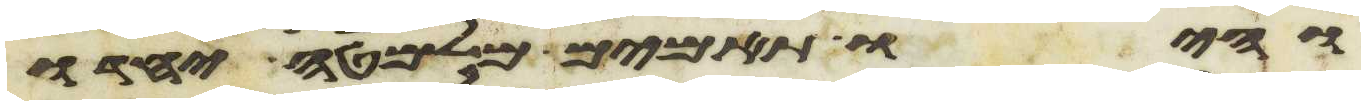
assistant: והיו תאמים מלמטה יחדו